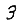
Digit: 3